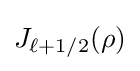
J_{\ell +1/2}(\rho )